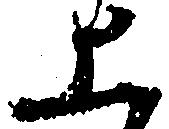
上